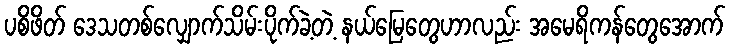
ပစိဖိတ် ဒေသတစ်လျှောက်သိမ်းပိုက်ခဲ့တဲ့ နယ်မြေတွေဟာလည်း အမေရိကန်တွေအောက်